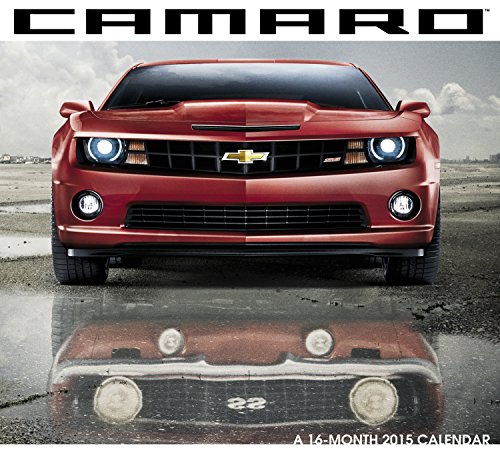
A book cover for Camaro Wall Calendar (2015); Day Dream; Calendars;